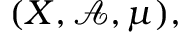
( X , { \mathcal { A } } , \mu ) ,